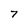
Character: 7